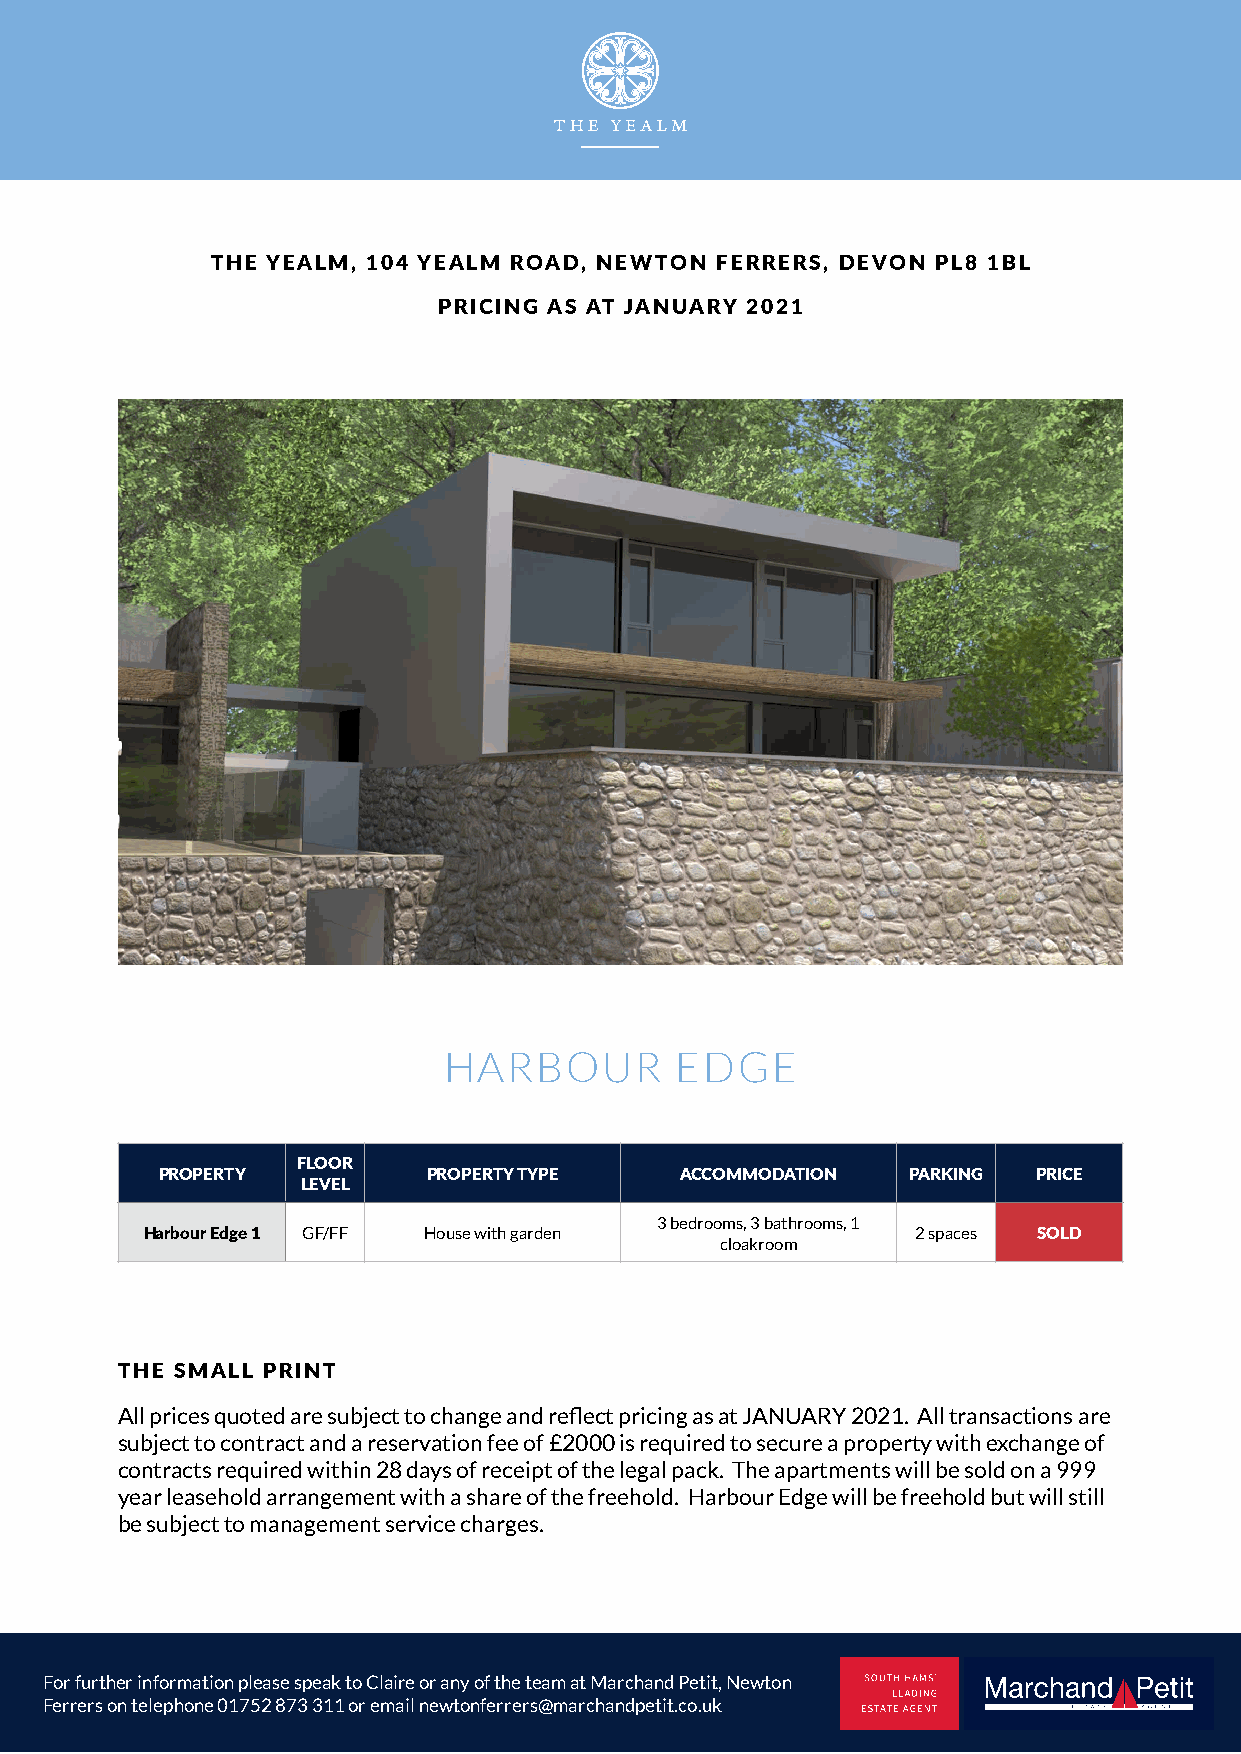
THE YEALM, 104 YEALM ROAD, NEWTON FERRERS, DEVON PL8 1BL
 PRICING AS AT JANUARY 2021
 HARBOUR         EDGE
 FLOOR
 PROPERTY          PROPERTY TYPE    ACCOMMODATION  PARKING  PRICE
 LEVEL
 3 bedrooms, 3 bathrooms, 1
 Harbour Edge 1 GF/FF House with garden             2 spaces SOLD
 cloakroom
 THE SMALL PRINT
 All prices quoted are subject to change and reflect pricing as at JANUARY 2021. All transactions are
 subject to contract and a reservation fee of £2000 is required to secure a property with exchange of
 contracts required within 28 days of receipt of the legal pack. The apartments will be sold on a 999
 year leasehold arrangement with a share of the freehold. Harbour Edge will be freehold but will still
 be subject to management service charges.
 For further information please speak to Claire or any of the team at Marchand Petit, Newton
 Ferrers on telephone 01752 873 311 or email newtonferrers@marchandpetit.co.uk